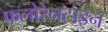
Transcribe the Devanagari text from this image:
फ़्लोरेनटाइन